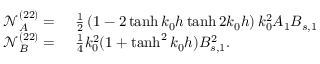
\begin{array} { r l } { \mathcal { N } _ { A } ^ { ( 2 2 ) } = ~ } & { { } \frac { 1 } { 2 } \left( 1 - 2 \operatorname { t a n h } k _ { 0 } h \operatorname { t a n h } 2 k _ { 0 } h \right) k _ { 0 } ^ { 2 } A _ { 1 } B _ { s , 1 } } \\ { \mathcal { N } _ { B } ^ { ( 2 2 ) } = ~ } & { { } \frac { 1 } { 4 } k _ { 0 } ^ { 2 } ( 1 + \operatorname { t a n h } ^ { 2 } k _ { 0 } h ) B _ { s , 1 } ^ { 2 } . } \end{array}